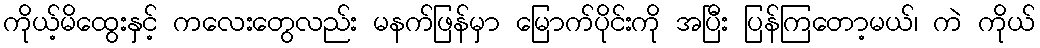
ကိုယ့်မိထွေးနှင့် ကလေးတွေလည်း မနက်ဖြန်မှာ မြောက်ပိုင်းကို အပြီး ပြန်ကြတော့မယ်၊ ကဲ ကိုယ်